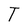
Character: T